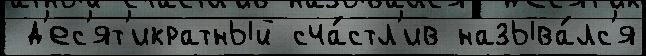
 д'ес'ят'икратный сча́стл'ив называ́лс'я